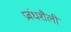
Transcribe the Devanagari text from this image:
प्रबंधशैली